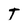
Character: T